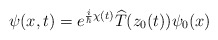
\begin{align*}\psi(x,t)=e^{\frac{i}{\hbar}\chi(t)}\widehat{T}(z_{0}(t))\psi_{0}(x)\end{align*}